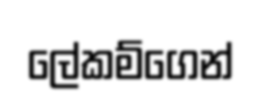
ලේකම්ගෙන්